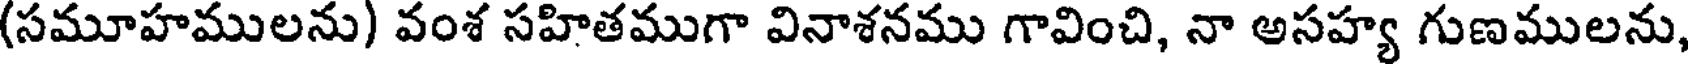
(సమూహములను) వంశ సహితముగా వినాశనము గావించి, నా అసహ్య గుణములను,